Bréfritari: Sigríður Pálsdóttir
Viðtakandi: Páll Pálsson
Dagsetning: A-1842-05-15
Skrifað á: Síðumúla  Mýr.
Páll var bróðir Sigríðar

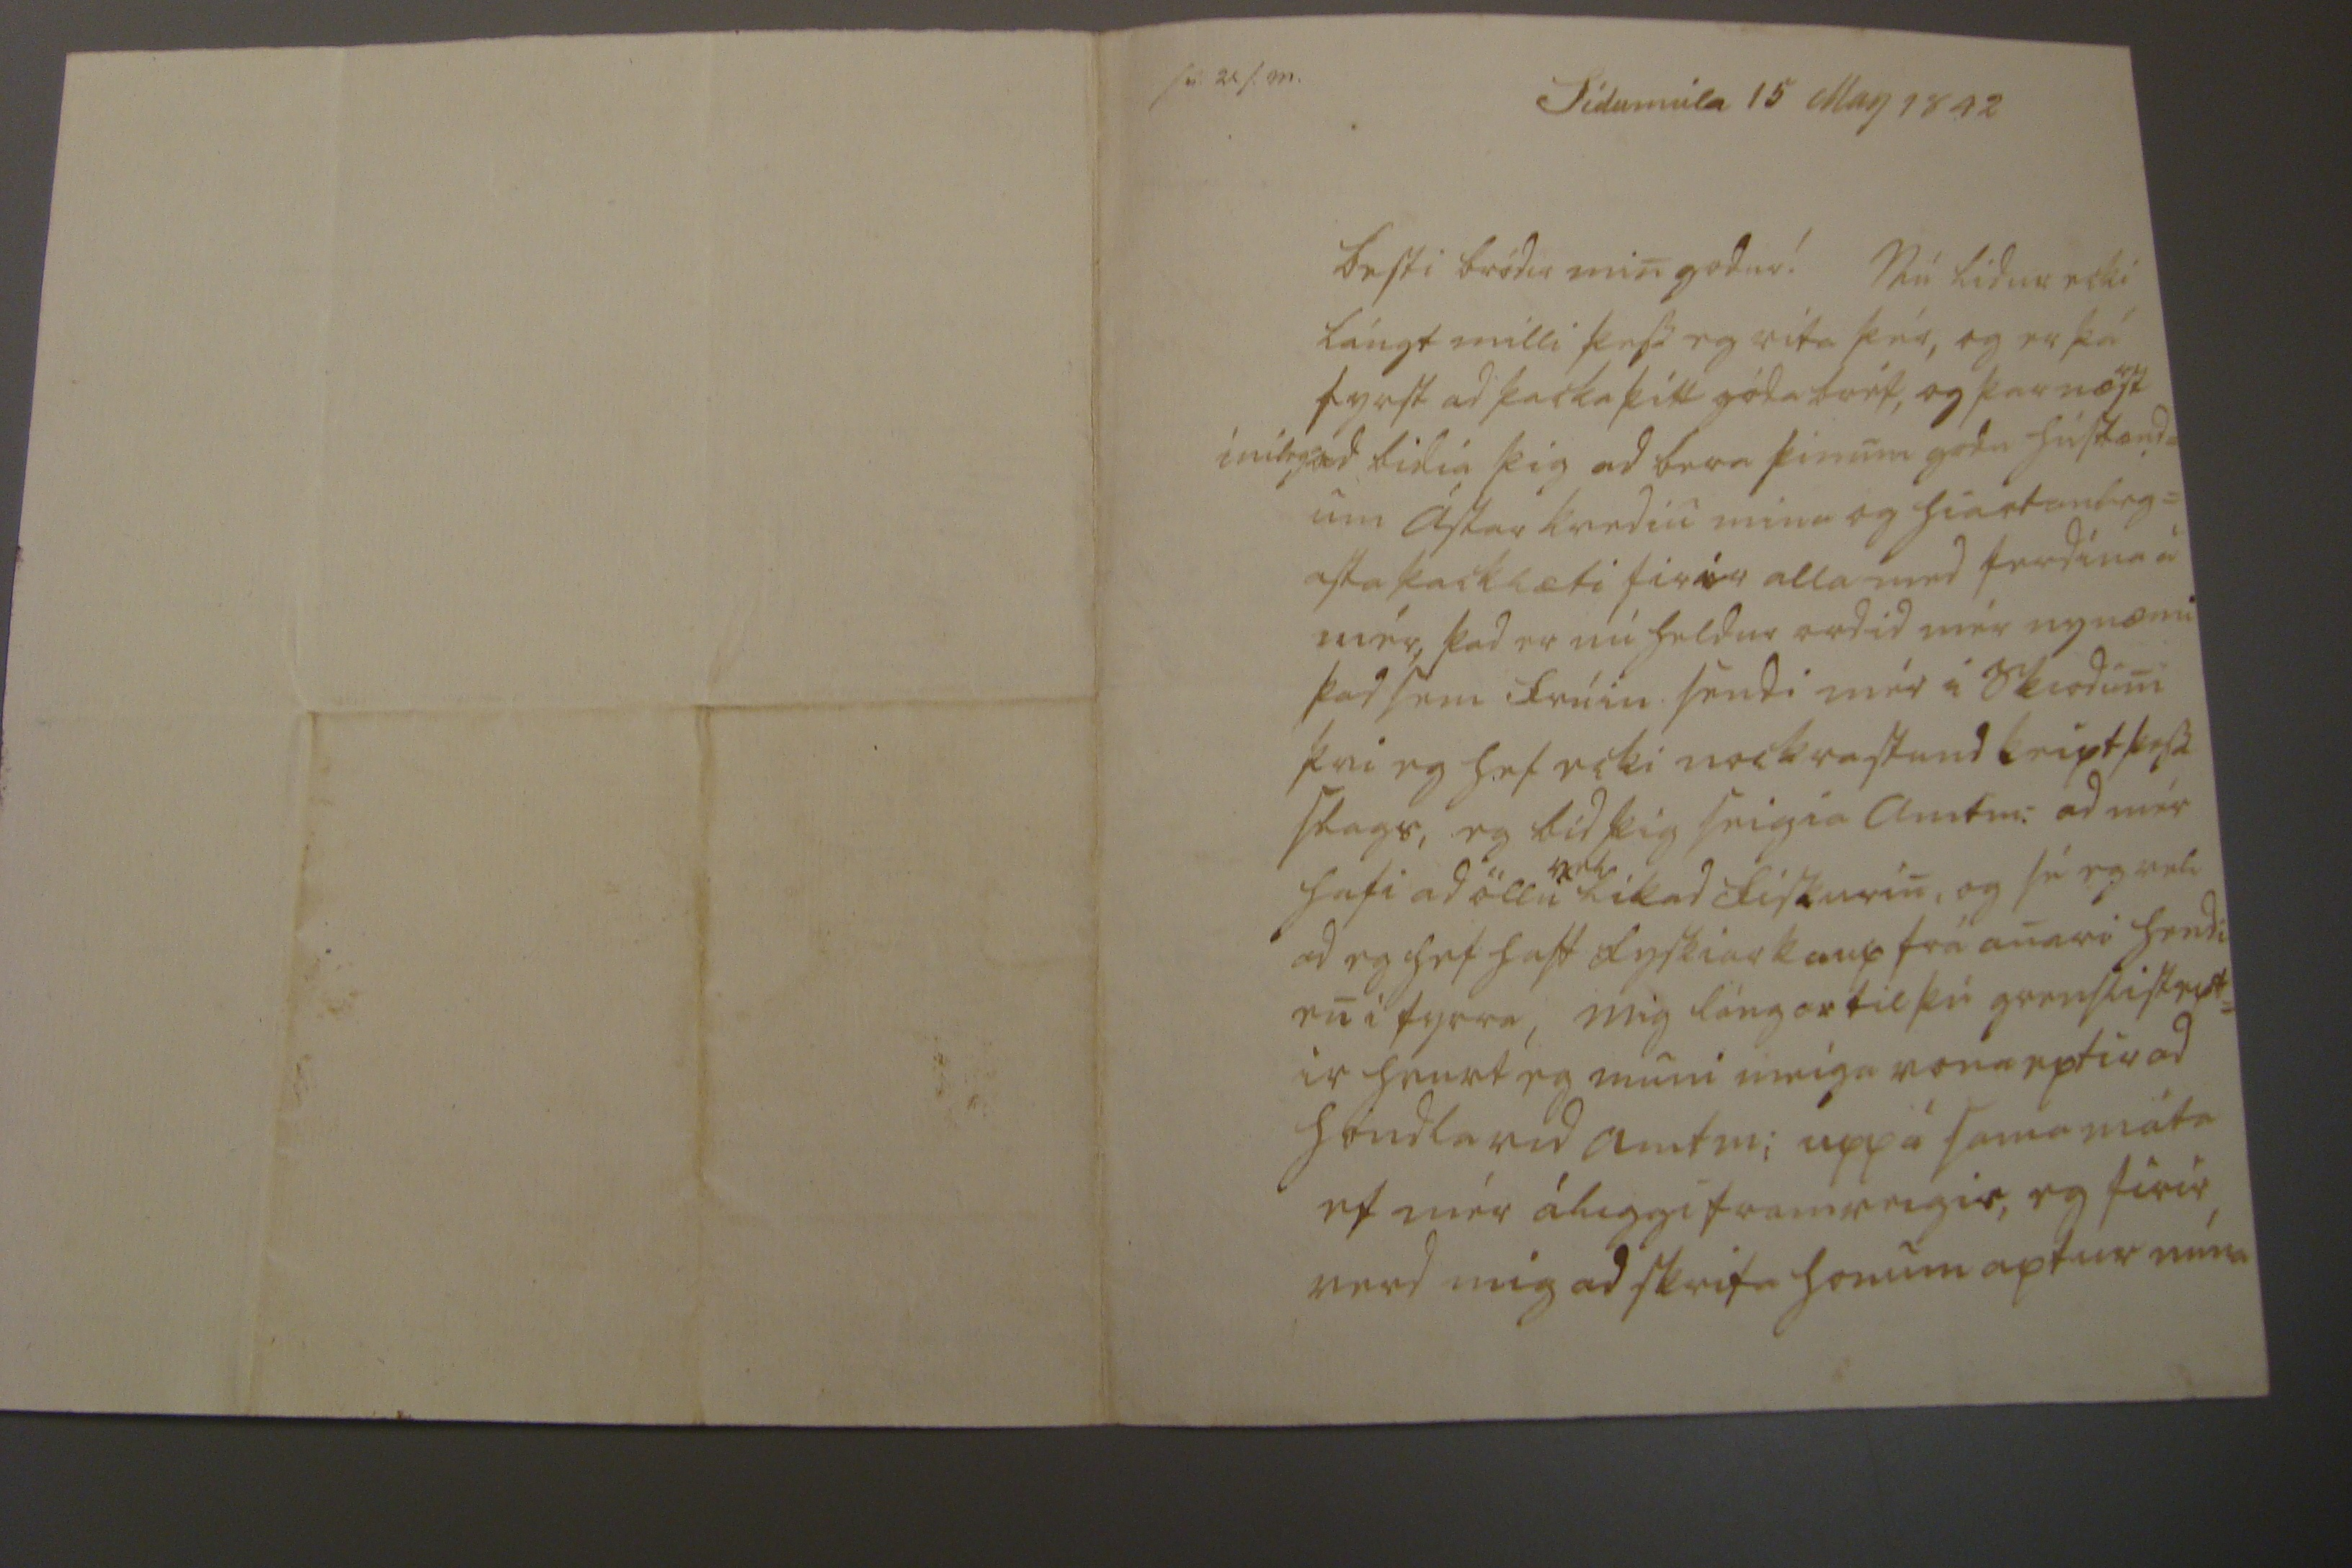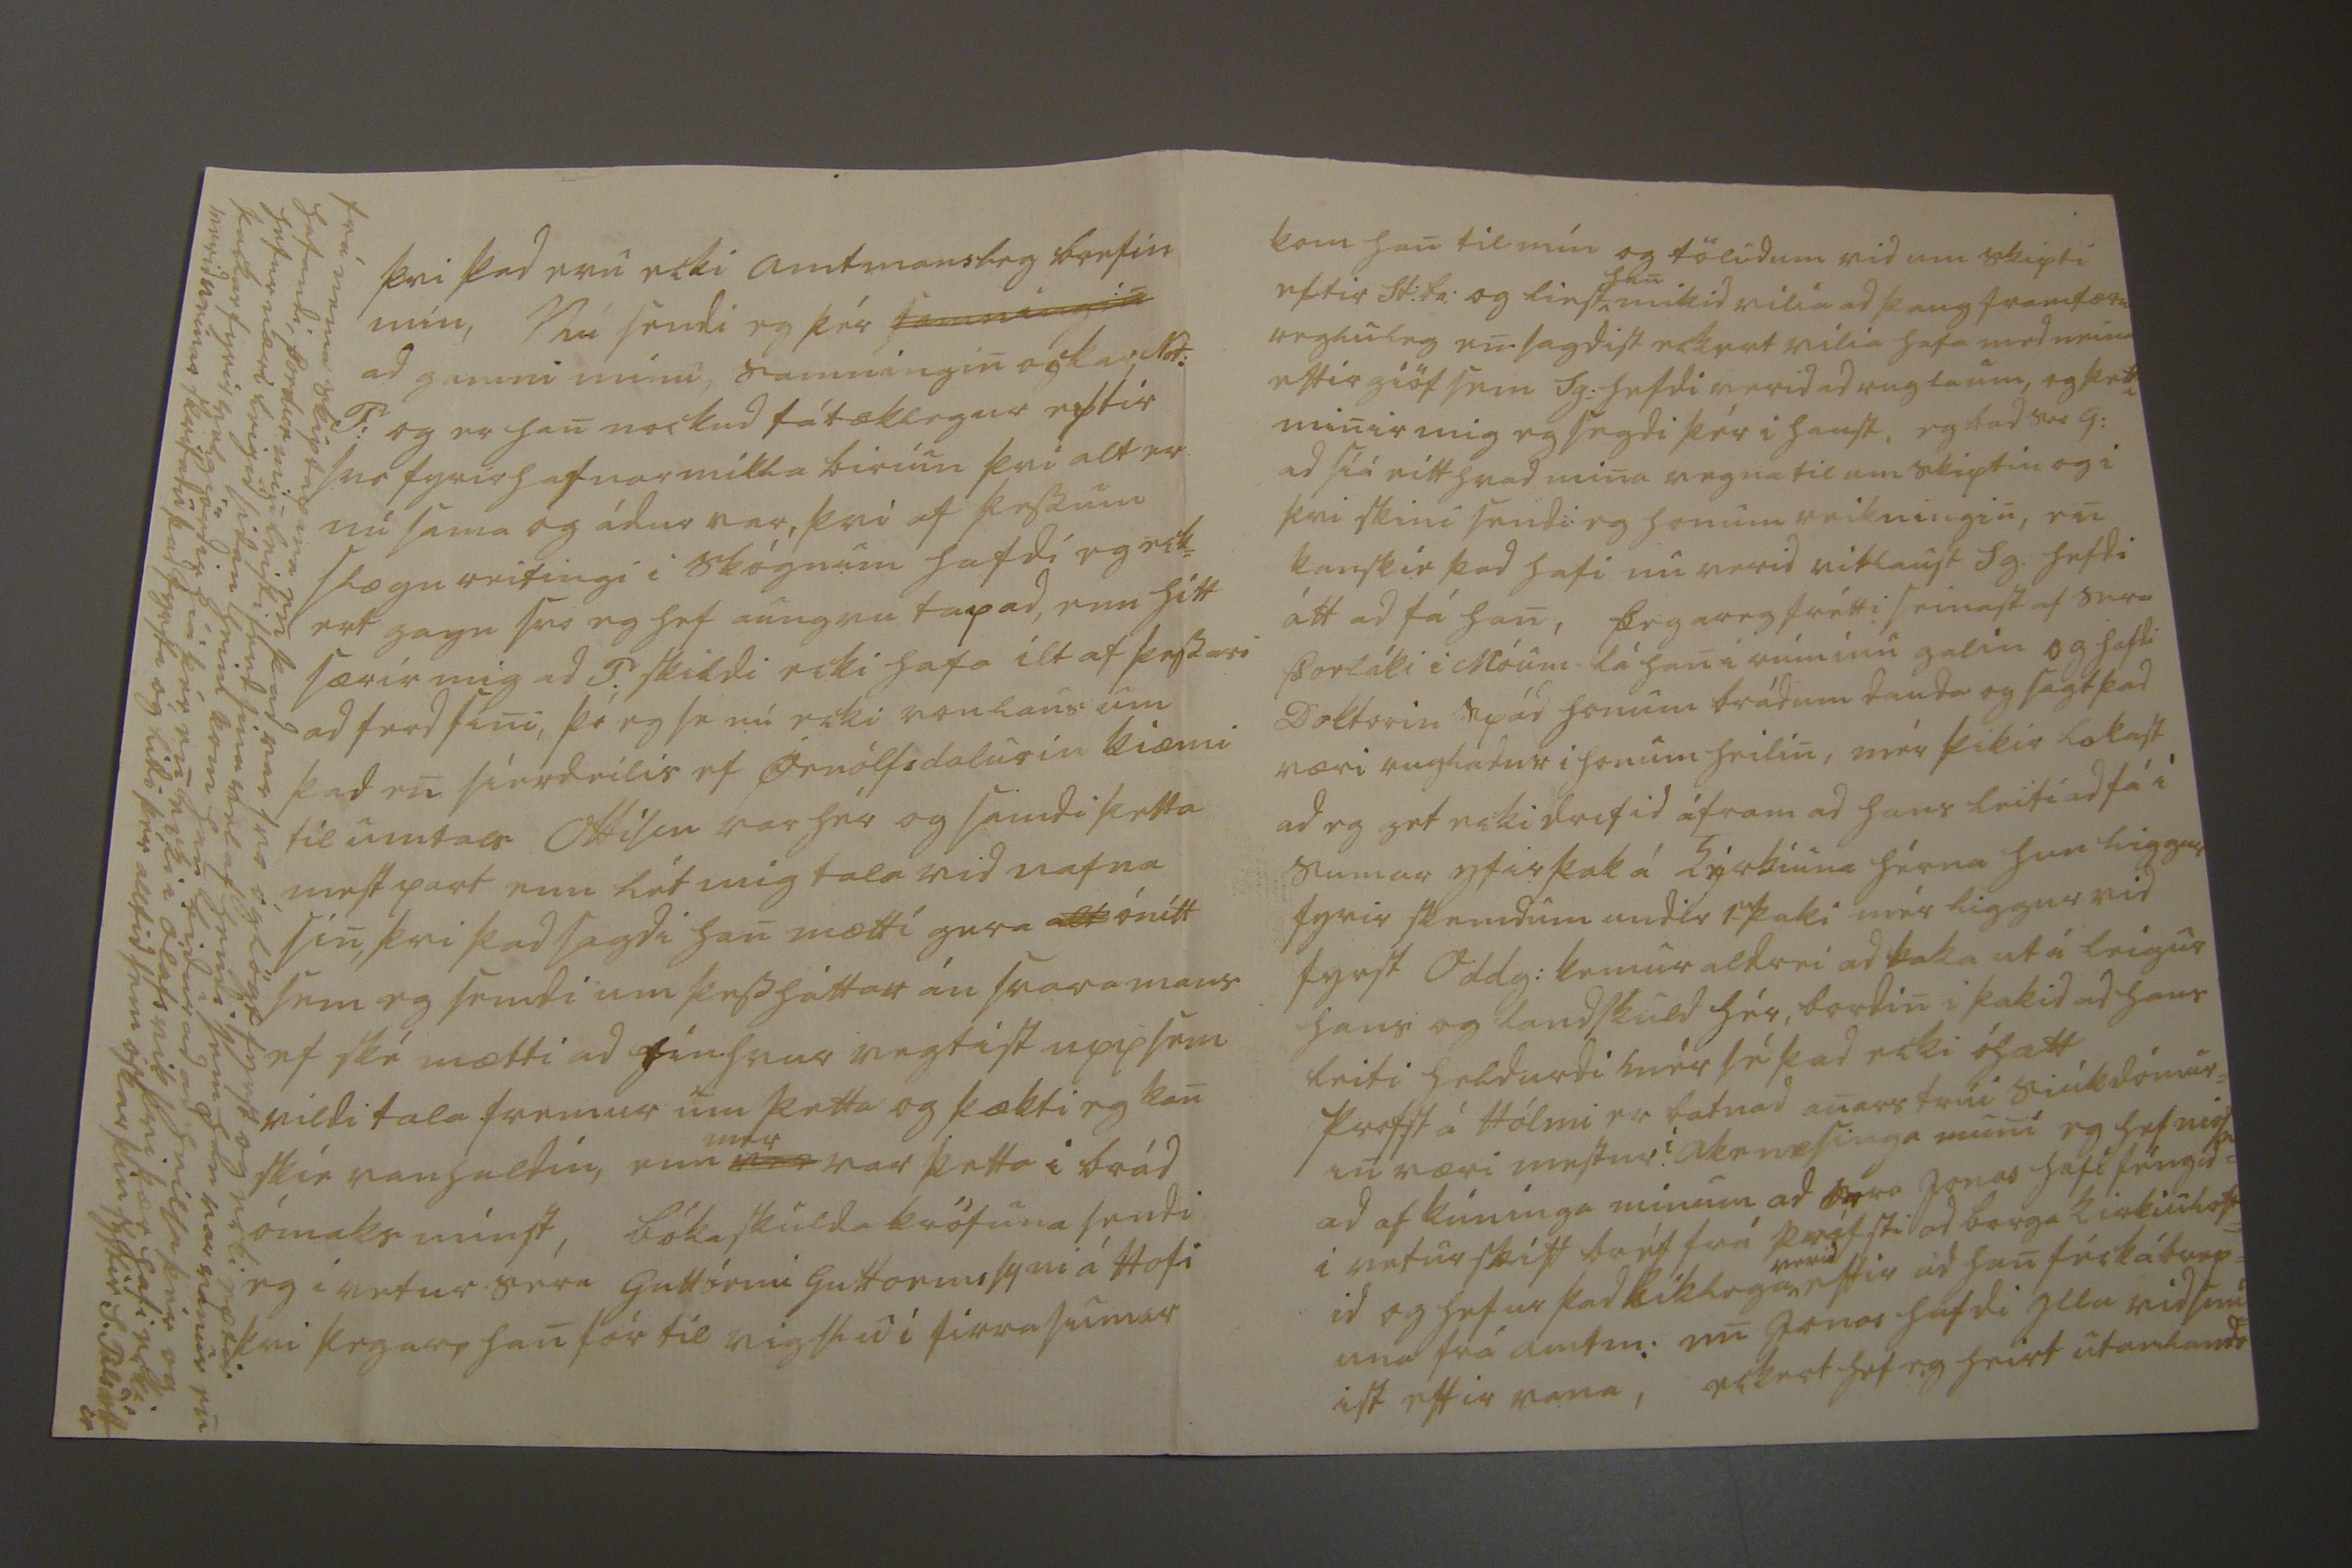

sv 25 s. m. Sídumúla 15 May 1842
besti bródir min godur! Nú lidur ecki lángt milli þess eg rita þér, og er þá fyrst ad þacka þitt góda bréf, og þar næst
er
inileg ad bidia þig ad bera þinum godu húsbænd= um ástar kvediu mina og hiartanleg= asta þacklæti firir alla med ferdina á mér, þad er nú heldur ordid mér nynæmi þad sem frúin sendi mér i Skioduni þvi eg hef ecki nockrastund keipt þess slags, eg bid þig seigia Amtm: ad mér hafi ad öllu
vel
líkad fiskurin, og sé eg vel ad eg hef haft fyskiarkaup frá anari hendi en i fyrra, Mig lángar til þú grenslist ept= ir hvurt eg muni meiga vona eptir ad hondla vid amtm: upp á sama máta ef mér áliggi framveigis, eg firir verd mig ad skrifa honum aptur núna
þvi þad eru ecki amtmansleg brefin mín, Nú sendi eg þér
samningin
ad gamni mínu, samningin ockar Not: P: og er han nockud fátæklegur eptir svo fyrirhafnarmikla biriun þvi alt er nú sama og ádur var, þvi ef þessum
slægureitingi
i skógnum hafdi eg eck= ert gagn svo eg hef aungvu tapad, enn hitt særir mig ad P. skildi ecki hafa ilt af þessari adferd sini, þó eg se nú ecki vonlaus um þad en síerdeilis ef Örnólfsdalurin kiæmi til umtals Ottisen var hér og samdi þetta mest part enn lét mig tala vid nafna sin, þvi þad sagdi han mætti gera
alt
ónítt sem eg sendi um þessháttar án svaramans ef ské mætti ad einhvur vegtist upp sem vildi tala fremur um þetta og þækti eg kan skie vanhaldin, enn
mer
var þetta i brád ómaks minst, bókaskulda kröfuna sendi eg i vetur séra Guttórmi Guttormssyni á Hofi þvi þegar, han fór til vigslu i firra sumar
frá nema skiptapara en þad var svo óglögt fyrst og ecki eptir hafandi, Þordur min leisti ferd sína vel af hendi sem han var vanur en hefur næri leigid sidan heim kom han bidur ad ad heilsa þér og þackar fyrir velgiördir hiá þér en ecki i Ólafsvik þvi þær hafi ecki, verid neinar skrifadu þad fyrsta og lidi þér alltíd sem óskar þin systir S. Pálsdóttir
kom han til mín og töludum vid um skipti eftir St. Br: og liest
han
mikid vilia ad þaug framfær
u
regluleg en sagdist eckert vilia hafa med neina eftirgiöf sem Sg: hefdi verid ad rugla um, og þetta minir mig eg segdi þér i haust, eg bad Ser G: ad síá eitthvad mina vegna til um skiptin og i þvi skini sendi eg honum reikningin, en kanskie þad hafi nu verid vitlaust Sg. hefdi átt ad fá han, þegar eg frétti seinast af sera Þorláki i Móum lá han i rúminu galin og hafdi Doktorin spád honum brádum dauda og sagt þad væri rugladur i honum heilin, mér þikir lokast ad eg get ecki drifid áfram ad hans leiti ad fá i sumar yfirþak á kýrkiuna hérna hun liggur fyrir skemdum undir 1
u
þaki mér liggur vid fyrst Oddg: kemur aldrei ad baka ut á leigur hans og landskuld hér, bordin i þakid ad hans leiti heldurdi mér sé þad ecki óhætt Profst á Hólmi er batnad anars trúi siúkdómur= in væri mestur í akrnesinga muni eg hef
ni00
ad af kúninga mínum ad séra Jonas hafi féngid= i vetur skítt bréf frá prófsti ad borga kirkiuloft= id og hefur þad líklega
verid
eftir ad han féck á
b0rp=
una frá amtm: en Jonas hafdi illa vidsnú= ist eftir vana, eckert hef eg heirt utanlands